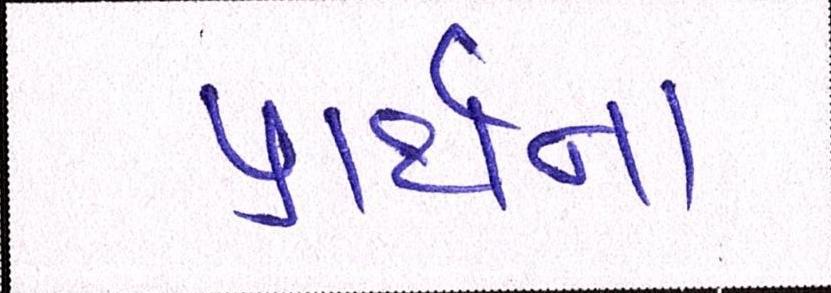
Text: પાર્થના